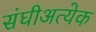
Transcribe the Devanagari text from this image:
संघीअत्येक